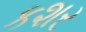
કશર